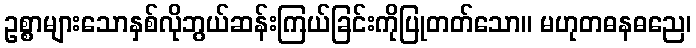
ဥစ္စာများသောနှစ်လိုဘွယ်ဆန်းကြယ်ခြင်းကိုပြုတတ်သော။ မဟုတဓနဓညေ၊